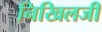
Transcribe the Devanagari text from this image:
निखिलजी